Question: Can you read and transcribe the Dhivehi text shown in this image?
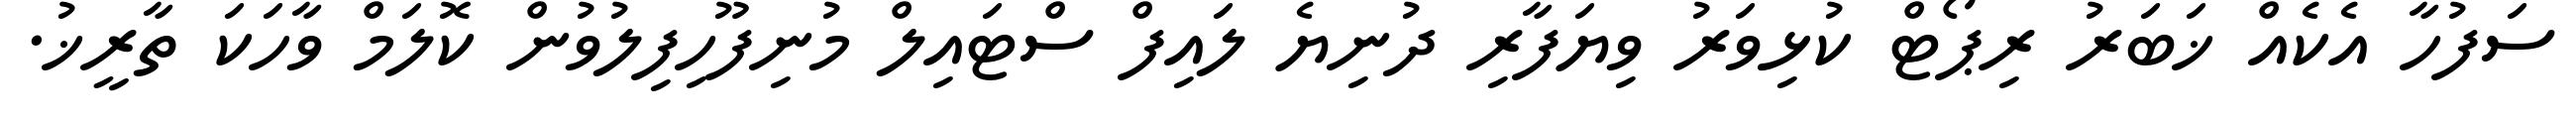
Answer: ސަފުހާ އެކެއް ޚަބަރު ރިޕޯޓް ކުޅިވަރު ވިޔަފާރި ދުނިޔެ ލައިފް ސްޓައިލް މުނިފޫހިފިލުވުން ކޮލަމް ވާހަކަ ތާރީޚު.